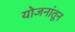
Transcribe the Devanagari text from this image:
योजनांतून